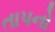
તાપનો